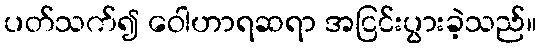
ပတ်သက်၍ ဝေါဟာရဆရာ အငြင်းပွားခဲ့သည်။